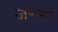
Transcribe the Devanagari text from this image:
जरमां